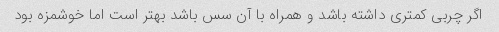
اگر چربی کمتری داشته باشد و همراه با آن سس باشد بهتر است اما خوشمزه بود